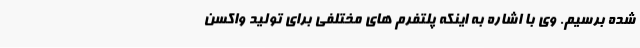
شده برسیم. وی با اشاره به اینکه پلتفرم های مختلفی برای تولید واکسن